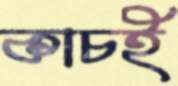
কাচই